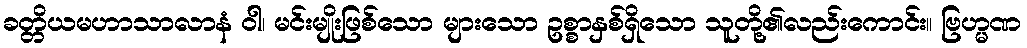
ခတ္တိယမဟာသာလာနံ ဝါ၊ မင်းမျိုးဖြစ်သော များသော ဥစ္စာနှစ်ရှိသော သူတို့၏လည်းကောင်း။ ဗြဟ္မဏ